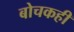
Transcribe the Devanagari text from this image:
बोचकही